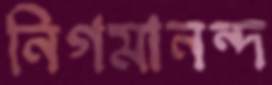
নিগমানন্দ